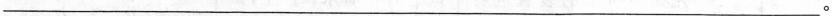
___。